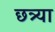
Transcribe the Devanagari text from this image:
छत्र्‍या